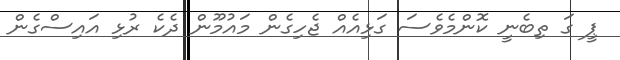
ޕީ ގަ ތިބެނީ ކޮންމެވެސަ ގަޅިއެއް ޖެހިގެން މައުމޫން ދެކެ ރުޅި އައިސްގެން